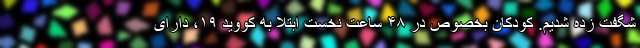
شگفت زده شدیم. کودکان بخصوص در ۴۸ ساعت نخست ابتلا به کووید ۱۹، دارای